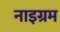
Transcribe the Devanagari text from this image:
नाइग्रम